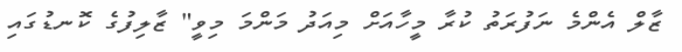
ޒާލް އެންމެ ނަފުރަތު ކުރާ މީހާއަށް މިއަދު މަންމަ މިވީ" ޒާލިފުގެ ކޮނޑުގައި